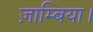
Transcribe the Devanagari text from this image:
ज़ाम्बिया।